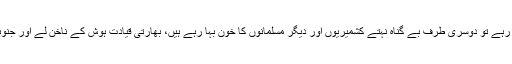
انہوں نے کہا کہ مودی ایک طرف غریبوں کے پاؤں دھو رہے تو دوسری طرف بے گناہ نہتے کشمیریوں اور دیگر مسلمانوں کا خون بہا رہے ہیں، بھارتی قیادت ہوش کے ناخن لے اور جنوبی ایشیا کے امن کو اپنے ہاتھوں سے آگ میں نہ دھکیلے۔